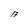
Character: A